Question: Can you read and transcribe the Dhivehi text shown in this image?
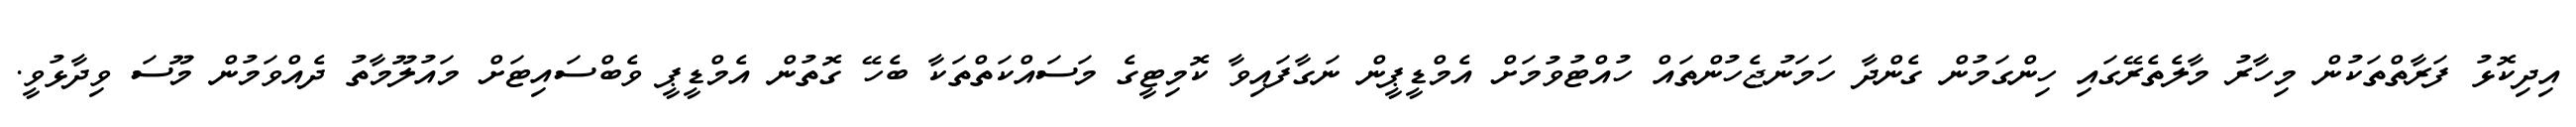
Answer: އިދިކޮޅު ފަރާތްތަކުން މިހާރު މާލެތެރޭގައި ހިންގަމުން ގެންދާ ހަމަނުޖެހުންތައް ހުއްޓުވުމަށް އެމްޑީޕީން ނަގާފައިވާ ކޮމިޓީގެ މަސައްކަތްތަކާ ބެހޭ ގޮތުން އެމްޑީޕީ ވެބްސައިޓަށް މައުލޫމާތު ދެއްވަމުން މޫސަ ވިދާޅުވީ.